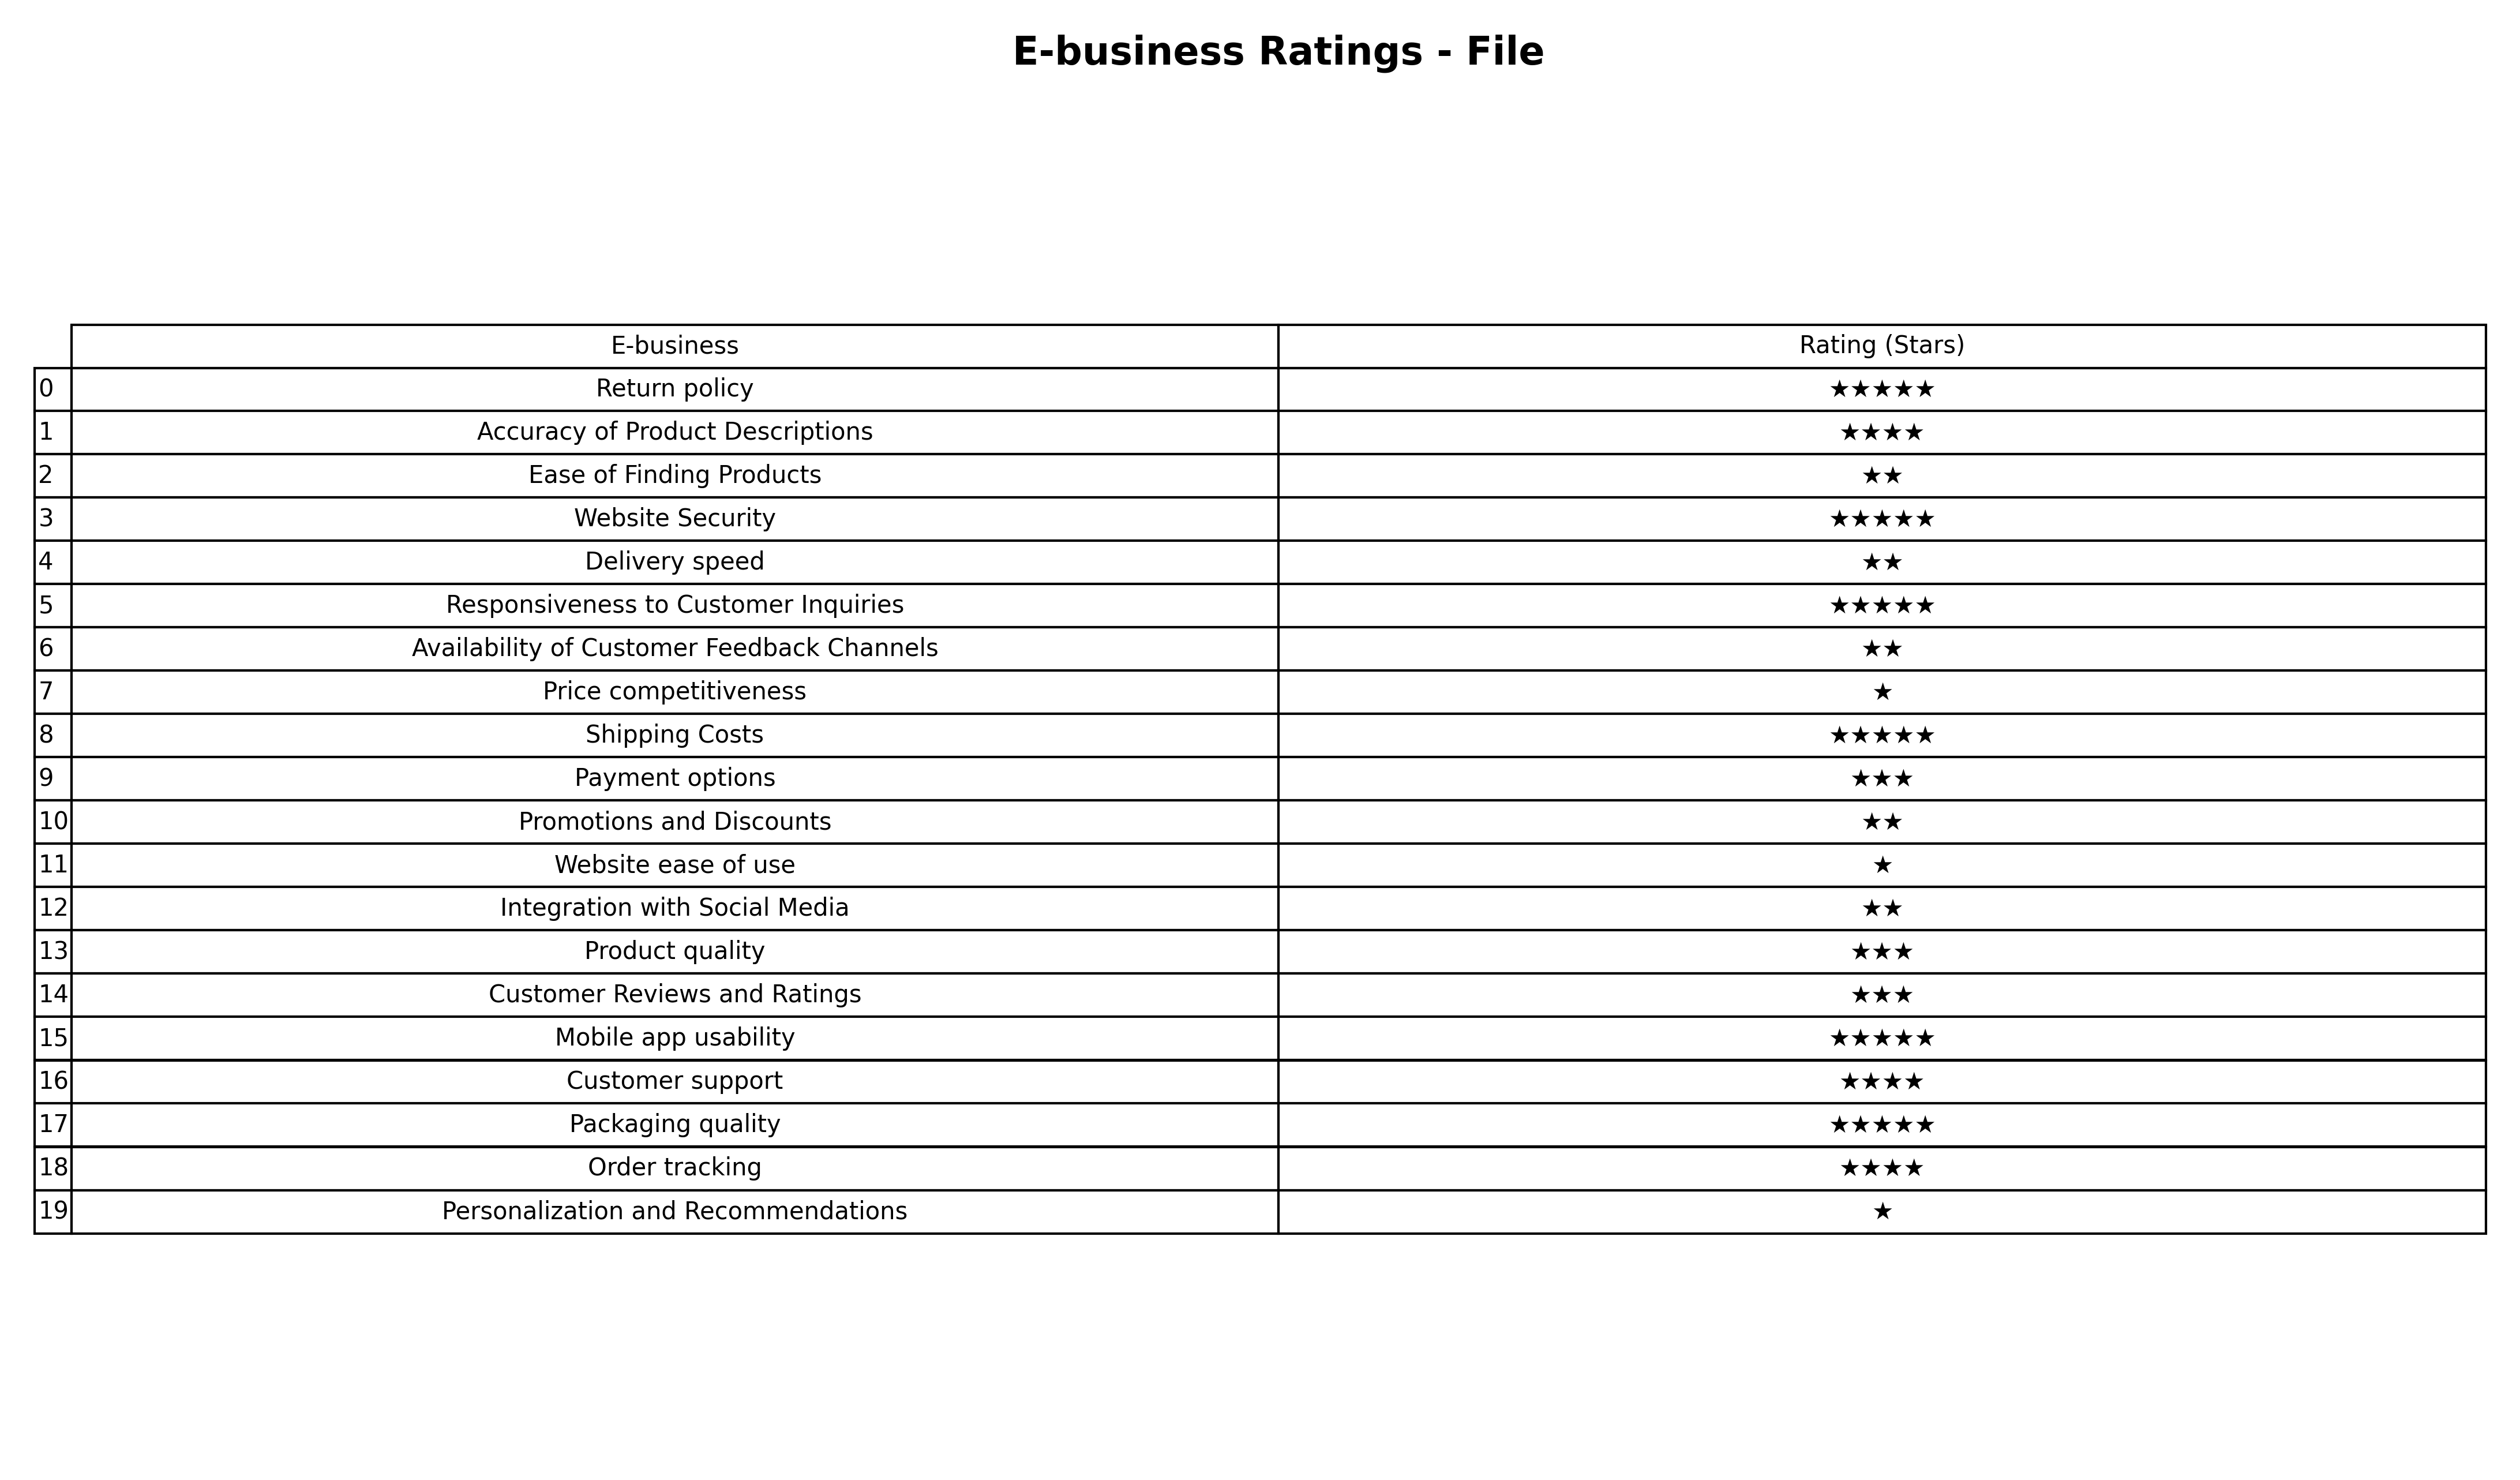
question: What are lowest rating services?
answer: Accuracy of Product DescriptionsCustomer supportOrder tracking